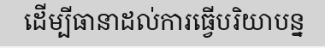
ដើម្បីធានាដល់ការធ្វើបរិយាបន្ន